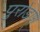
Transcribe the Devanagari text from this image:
पुरोडाश्